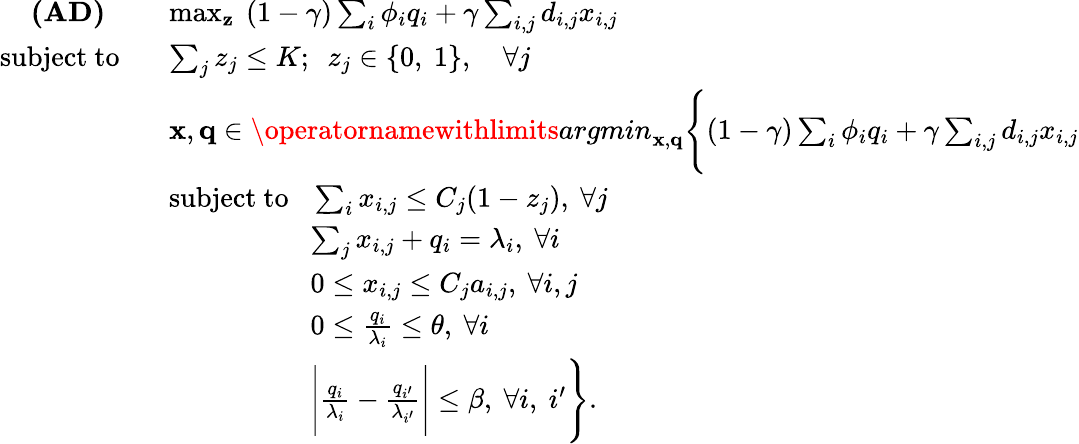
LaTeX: \begin{array}{rl}{\textbf{(AD)}~~~~~}&{\operatorname*{max}_{{\mathbf{z}}}~(1-\gamma)\sum_{i}\phi_{i}q_{i}+\gamma\sum_{i,j}d_{i,j}x_{i,j}}\\ {\mathrm{subject~to}~~~}&{\sum_{j}z_{j}\leq K;~~z_{j}\in\{ 0,~1\} ,\quad\forall j}\\ &{{\mathbf{x}},{\mathbf{q}}\in\operatornamewithlimits{argmin}_{{\mathbf{x}},{\mathbf{q}}}\Bigg\{ (1-\gamma)\sum_{i}\phi_{i}q_{i}+\gamma\sum_{i,j}d_{i,j}x_{i,j}}\\ &{\mathrm{subject~to}~~~\sum_{i}x_{i,j}\leq C_{j}(1-z_{j}),~\forall j}\\ &{\qquad\qquad\quad\sum_{j}x_{i,j}+q_{i}=\lambda_{i},~\forall i}\\ &{\qquad\qquad\quad 0\leq x_{i,j}\leq C_{j}a_{i,j},~\forall i,j}\\ &{\qquad\qquad\quad 0\leq\frac{q_{i}}{\lambda_{i}}\leq\theta,~\forall i}\\ &{\qquad\qquad\quad\Bigg|\frac{q_{i}}{\lambda_{i}}-\frac{q_{i^{\prime}}}{\lambda_{i^{\prime}}}\Bigg|\leq\beta,~\forall i,~i^{\prime}\Bigg\} .}\end{array}